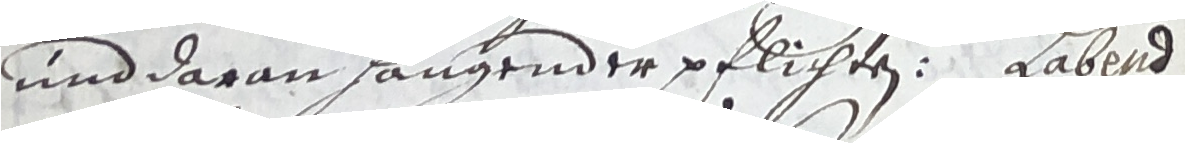
und daran sangender pflichten. Habend